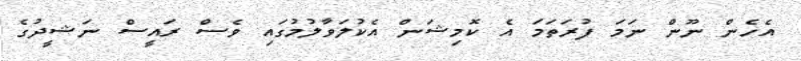
އެހެން ނޫން ނަމަ ފުރަތަމަ އެ ކޮމިޝަން އެކުލަވާލުމުގައި ވެސް ރައީސް ނަޝީދުގެ